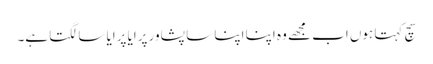
سچ کہتا ہوں اب مجھے وہ اپنا اپنا سا پشاور پرایا پرایا سا لگتا ہے۔